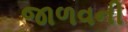
જાળવની